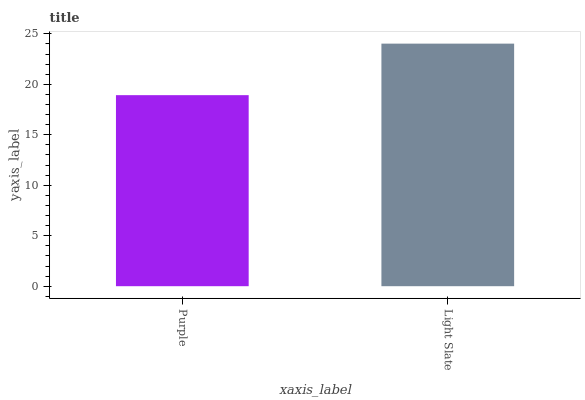
| xaxis_label | bars |
 | --- | --- |
 | Purple | 18.9 |
 | Light Slate | 24 |